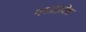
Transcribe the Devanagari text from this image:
मध्यप्रदॆश